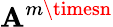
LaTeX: \mathbf{A}^{m\timesn}